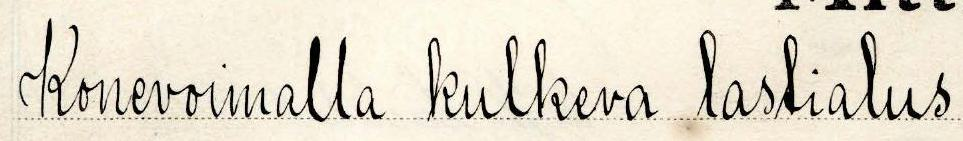
Konevoimalla kulkeva lastialus